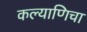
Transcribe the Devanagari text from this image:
कल्याणिचा